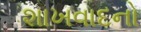
શાખવાદનો